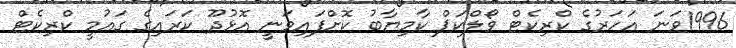
1996ވަނަ އަހަރުގެ ކްރިކެޓް ވޯލްކަޕް ކާމިޔާބު ކޮށްފައިވަނީ އޮޅުދޫ ކަރައިގެ ގައުމީ ކްރިކެޓް